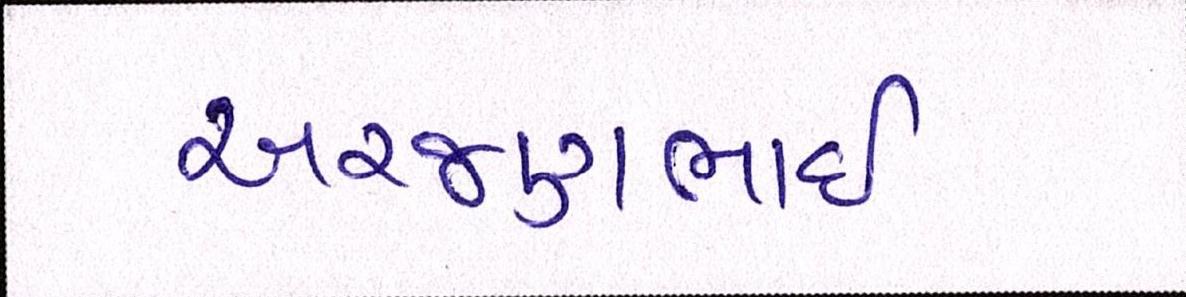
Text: અરજણભાઇ